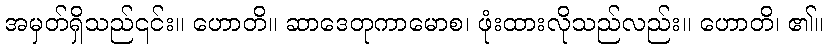
အမှတ်ရှိသည်၎င်း။ ဟောတိ။ ဆာဒေတုကာမောစ၊ ဖုံးထားလိုသည်လည်း။ ဟောတိ၊ ၏။